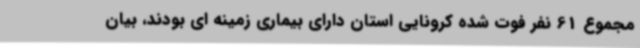
مجموع 61 نفر فوت شده کرونایی استان دارای بیماری زمینه ای بودند، بیان